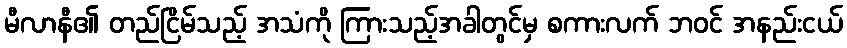
မီလာနီ၏ တည်ငြိမ်သည့် အသံကို ကြားသည့်အခါတွင်မှ စကားလက် ဘဝင် အနည်းငယ်